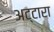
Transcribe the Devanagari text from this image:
अट्टारा